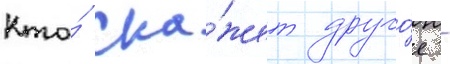
Кто́ ска́жет друго́е -